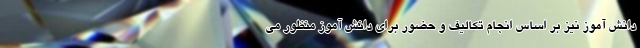
دانش آموز نیز بر اساس انجام تکالیف و حضور برای دانش آموز منظور می